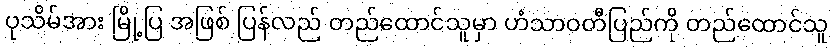
ပုသိမ်အား မြို့ပြ အဖြစ် ပြန်လည် တည်ထောင်သူမှာ ဟံသာဝတီပြည်ကို တည်ထောင်သူ